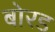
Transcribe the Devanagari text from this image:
बोरड